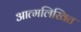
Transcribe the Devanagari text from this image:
आत्मलिखित